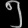
Digit: ၅